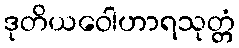
ဒုတိယဝေါဟာရသုတ္တံ